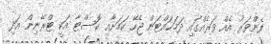
ފެންވަރު އެއް ވަރެއްގައި ދަމަހައްޓަން ޖެހޭ ކަމަށާއި ކޮސްޓާ އަކީ ޓްރޭނިން އަދި